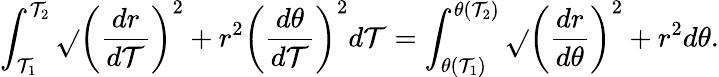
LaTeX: \int_{\mathcal{T}_{1}}^{\mathcal{T}_{2}}{\sqrt{}{{\left({\frac{{dr}}{{d\mathcal{T}}}}\right)^{2}+r^{2}\left({\frac{{d\theta}}{{d\mathcal{T}}}}\right)^{2}}}}d\mathcal{T}=\int_{\theta(\mathcal{T}_{1})}^{\theta(\mathcal{T}_{2})}{\sqrt{}{{\left({\frac{{dr}}{{d\theta}}}\right)^{2}+r^{2}}}}d\theta.